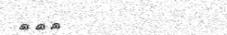
١٠٤